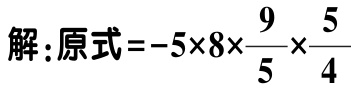
解：原式\(=-5\times8\times\frac{9}{5}\times\frac{5}{4}\)